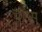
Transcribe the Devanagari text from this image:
वाप्स